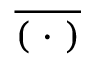
\overline { { ( \, \, \cdot \, \, ) } }